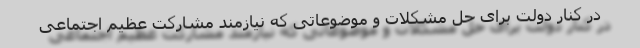
در کنار دولت برای حل مشکلات و موضوعاتی که نیازمند مشارکت عظیم اجتماعی